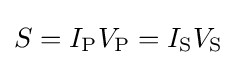
S=I_{\text{P}}V_{\text{P}}=I_{\text{S}}V_{\text{S}}